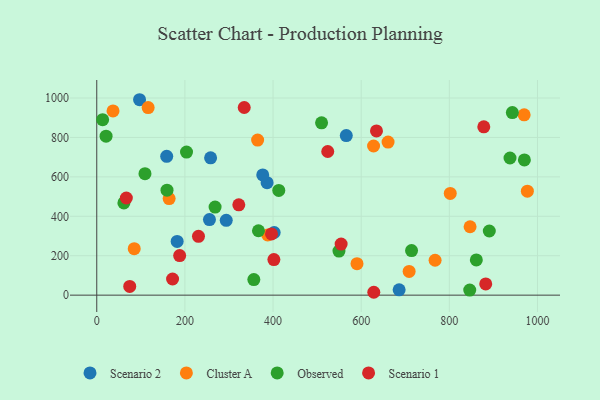
{"axis": {"x": "Investment", "y": "Exam Score"}, "legend": ["Cluster A", "Observed", "Scenario 1", "Scenario 2"], "data": [{"x": "255.7", "y": 383.2, "type": "Scenario 2"}, {"x": "566.2", "y": 809.2, "type": "Scenario 2"}, {"x": "293.8", "y": 379.7, "type": "Scenario 2"}, {"x": "402.6", "y": 317.7, "type": "Scenario 2"}, {"x": "97.1", "y": 991.3, "type": "Scenario 2"}, {"x": "182.4", "y": 272.3, "type": "Scenario 2"}, {"x": "386.5", "y": 570.7, "type": "Scenario 2"}, {"x": "158.7", "y": 704.0, "type": "Scenario 2"}, {"x": "376.6", "y": 609.9, "type": "Scenario 2"}, {"x": "258.3", "y": 696.8, "type": "Scenario 2"}, {"x": "686.1", "y": 27.0, "type": "Scenario 2"}, {"x": "36.9", "y": 934.4, "type": "Cluster A"}, {"x": "661.0", "y": 776.3, "type": "Cluster A"}, {"x": "767.7", "y": 177.0, "type": "Cluster A"}, {"x": "85.0", "y": 235.9, "type": "Cluster A"}, {"x": "387.9", "y": 305.7, "type": "Cluster A"}, {"x": "708.8", "y": 120.6, "type": "Cluster A"}, {"x": "969.8", "y": 914.5, "type": "Cluster A"}, {"x": "116.6", "y": 951.3, "type": "Cluster A"}, {"x": "365.0", "y": 786.7, "type": "Cluster A"}, {"x": "164.2", "y": 490.0, "type": "Cluster A"}, {"x": "802.1", "y": 516.0, "type": "Cluster A"}, {"x": "590.5", "y": 159.5, "type": "Cluster A"}, {"x": "628.1", "y": 756.5, "type": "Cluster A"}, {"x": "847.1", "y": 346.9, "type": "Cluster A"}, {"x": "977.1", "y": 527.2, "type": "Cluster A"}, {"x": "356.4", "y": 78.8, "type": "Observed"}, {"x": "890.7", "y": 325.4, "type": "Observed"}, {"x": "159.4", "y": 532.3, "type": "Observed"}, {"x": "970.3", "y": 686.1, "type": "Observed"}, {"x": "714.3", "y": 226.3, "type": "Observed"}, {"x": "861.3", "y": 178.8, "type": "Observed"}, {"x": "943.0", "y": 926.0, "type": "Observed"}, {"x": "13.3", "y": 890.3, "type": "Observed"}, {"x": "268.5", "y": 446.6, "type": "Observed"}, {"x": "366.9", "y": 326.8, "type": "Observed"}, {"x": "61.5", "y": 468.0, "type": "Observed"}, {"x": "21.1", "y": 806.6, "type": "Observed"}, {"x": "203.7", "y": 725.7, "type": "Observed"}, {"x": "510.1", "y": 874.0, "type": "Observed"}, {"x": "846.3", "y": 26.0, "type": "Observed"}, {"x": "413.0", "y": 531.1, "type": "Observed"}, {"x": "937.7", "y": 695.7, "type": "Observed"}, {"x": "109.4", "y": 616.2, "type": "Observed"}, {"x": "549.6", "y": 223.7, "type": "Observed"}, {"x": "396.5", "y": 310.4, "type": "Scenario 1"}, {"x": "322.3", "y": 458.2, "type": "Scenario 1"}, {"x": "67.1", "y": 492.9, "type": "Scenario 1"}, {"x": "74.8", "y": 44.3, "type": "Scenario 1"}, {"x": "401.9", "y": 180.7, "type": "Scenario 1"}, {"x": "524.1", "y": 728.8, "type": "Scenario 1"}, {"x": "172.0", "y": 82.0, "type": "Scenario 1"}, {"x": "882.6", "y": 56.8, "type": "Scenario 1"}, {"x": "188.1", "y": 200.9, "type": "Scenario 1"}, {"x": "554.5", "y": 259.2, "type": "Scenario 1"}, {"x": "878.2", "y": 853.8, "type": "Scenario 1"}, {"x": "230.8", "y": 298.6, "type": "Scenario 1"}, {"x": "634.7", "y": 833.2, "type": "Scenario 1"}, {"x": "334.6", "y": 951.8, "type": "Scenario 1"}, {"x": "628.6", "y": 14.6, "type": "Scenario 1"}]}